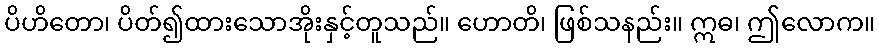
ပိဟိတော၊ ပိတ်၍ထားသောအိုးနှင့်တူသည်။ ဟောတိ၊ ဖြစ်သနည်း။ ဣဓ၊ ဤလောက။